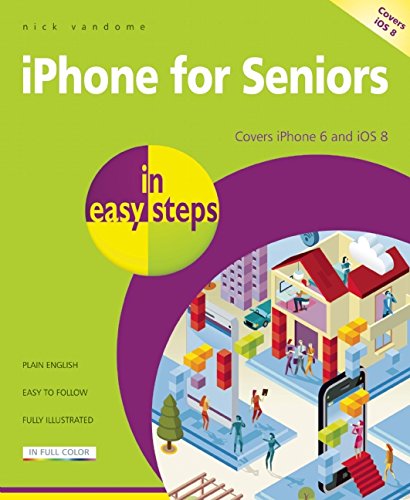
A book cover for iPhone for Seniors in Easy Steps: Covers iPhone 6 and iOS 8; Nick Vandome; Computers & Technology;